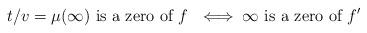
LaTeX: \begin{align*}t/v = \mu(\infty) \textrm{ is a zero of $f$ } \iff \infty \textrm{ is a zero of } f'\end{align*}